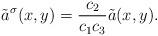
LaTeX: \begin{align*}\tilde a^\sigma(x,y)=\frac{c_2}{c_1 c_3}\tilde a(x,y).\end{align*}